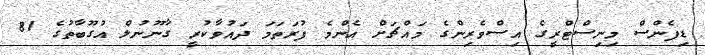
ޑިފެންސް މިނިސްޓްރީގެ އިސްވެރިންގެ މައްޗަށް އެންމެ ފުރަތަމަ ދައުވާކުރީ ގާނޫނުލް އުގޫބާތުގެ 81